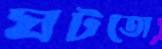
ঘটতো